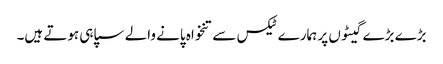
بڑے بڑے گیٹوں پر ہمارے ٹیکس سے تنخواہ پانے والے سپاہی ہوتے ہیں۔